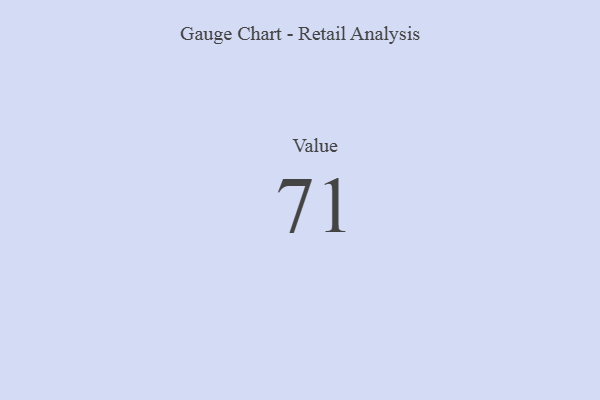
{"axis": {"x": "Metric", "y": "Value"}, "legend": [""], "data": [{"x": "Value", "y": 71, "type": ""}]}